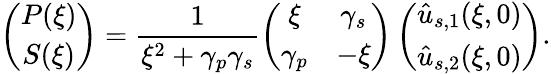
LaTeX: \left(\begin{array}{cc}{P(\xi)}\\ {S(\xi)}\end{array}\right)=\frac{1}{\xi^{2}+\gamma_{p}\gamma_{s}}\left(\begin{array}{cc}{\xi}&{\gamma_{s}}\\ {\gamma_{p}}&{-\xi}\end{array}\right)\left(\begin{array}{cc}{\hat{u}_{s,1}(\xi,0)}\\ {\hat{u}_{s,2}(\xi,0)}\end{array}\right).